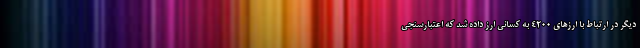
دیگر در ارتباط با ارز‌های ۴۲۰۰ به کسانی ارز داده شد که اعتبارسنجی